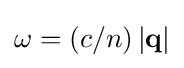
\omega =(c/n)\left|{\textbf {q}}\right|